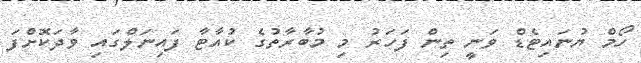
ހޯމް ޔުނައިޓެޑް ވަނީ ތިން ފަހަރު މި މުބާރާތުގެ ކުއާޓާ ފައިނަލްގައި ވާދަކޮށްފަ